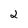
Character: 2